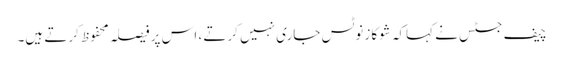
چیف جسٹس نے کہاکہ شوکاز نوٹس جاری نہیں کرتے ، اس پر فیصلہ محفوظ کرتے ہیں۔